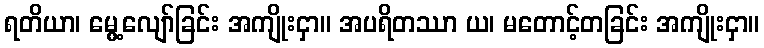
ရတိယာ၊ မွေ့လျော်ခြင်း အကျိုးငှာ။ အပရိတဿာ ယ၊ မတောင့်တခြင်း အကျိုးငှာ။